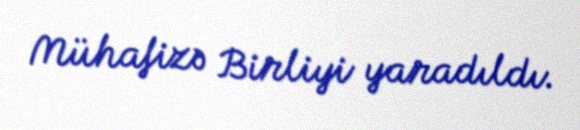
Mühafizə Birliyi yaradıldı.